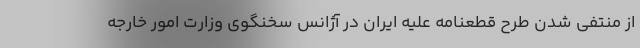
از منتفی شدن طرح قطعنامه علیه ایران در آژانس سخنگوی وزارت امور خارجه